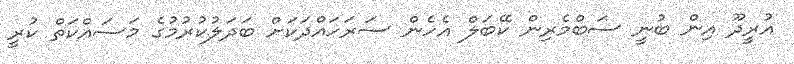
އުރީދޫ އިން ބުނީ ސަބްމެރިން ކޭބަލް އެހެން ސަރަހައްދަކަށް ބަދަލުކުރުމުގެ މަސައްކަތް ކުރީ